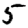
Digit: 5